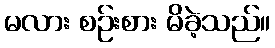
မလား စဉ်းစား မိခဲ့သည်။